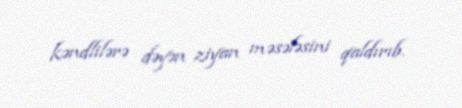
kəndlilərə dəyən ziyan məsələsini qaldırıb.